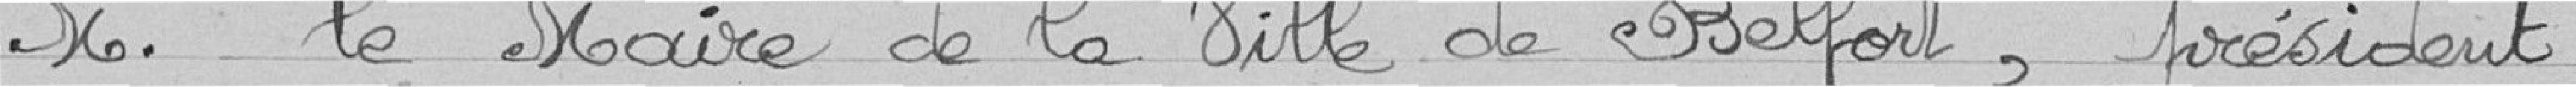
Monsieur le Maire de la Ville de Belfort, président,